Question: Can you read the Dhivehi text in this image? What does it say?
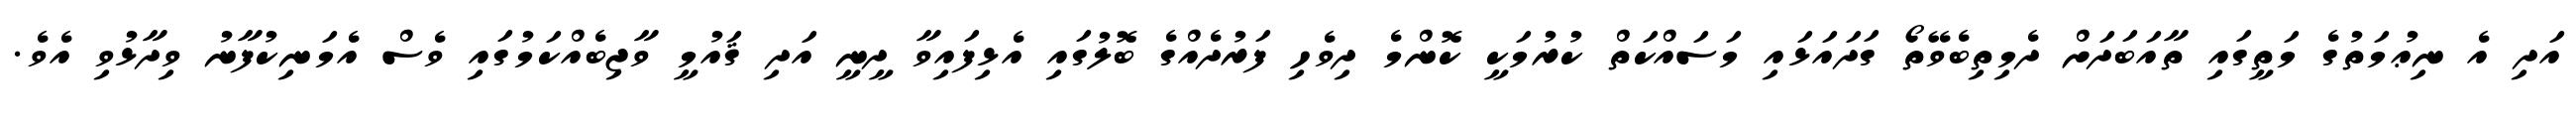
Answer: އަދި އެ ނިޢުމަތުގެ މަތީގައި ތާއަބަދަށް ދެމިތިބެވޭތޯ ގަދައަޅައި މަސައްކަތް ކުރުމަކީ ކޮންމެ ދިވެހި ފަރުދެއްގެ ބޮލުގައި އެޅިފައިވާ ދީނީ އަދި ޤައުމީ ވާޖިބެއްކަމުގައި ވެސް އެމަނިކުފާނު ވިދާޅުވި އެވެ.